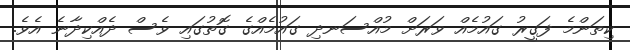
ކިތަންމެ ފަގީރު ގައުމެއް ވަރަށް މުއްސަނދި ގައުމެއްގެ ގޮތުގައި ވެސް ދެއްކިދާނެ އެވެ.